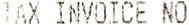
TAX INVOICE NO